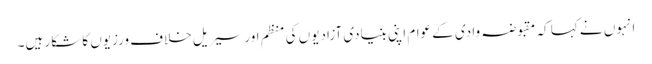
انہوں نے کہا کہ مقبوضہ وادی کے عوام اپنی بنیادی آزادیوں کی منظم اور سیریل خلاف ورزیوں کا شکار ہیں۔